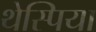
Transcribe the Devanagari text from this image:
थेस्पिया